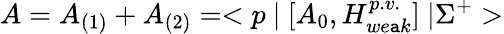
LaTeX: A=A_{(1)}+A_{(2)}=<p~|~[A_{0},H_{we\mathtt{a}k}^{p.v.}]~|\Sigma^{+}>